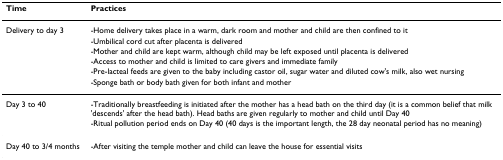
<table><thead><tr><td><b>Time</b></td><td><b>Practices</b></td></tr></thead><tbody><tr><td>Delivery to day 3</td><td>-Home delivery takes place in a warm, dark room and mother and child are then confined to it</td></tr><tr><td></td><td>-Umbilical cord cut after placenta is delivered</td></tr><tr><td></td><td>-Mother and child are kept warm, although child may be left exposed until placenta is delivered</td></tr><tr><td></td><td>-Access to mother and child is limited to care givers and immediate family</td></tr><tr><td></td><td>-Pre-lacteal feeds are given to the baby including castor oil, sugar water and diluted cow&#x27;s milk, also wet nursing</td></tr><tr><td></td><td>-Sponge bath or body bath given for both infant and mother</td></tr><tr><td>Day 3 to 40</td><td>-Traditionally breastfeeding is initiated after the mother has a head bath on the third day (it is a common belief that milk &#x27;descends&#x27; after the head bath). Head baths are given regularly to mother and child until Day 40</td></tr><tr><td></td><td>-Ritual pollution period ends on Day 40 (40 days is the important length, the 28 day neonatal period has no meaning)</td></tr><tr><td>Day 40 to 3/4 months</td><td>-After visiting the temple mother and child can leave the house for essential visits</td></tr></tbody></table>